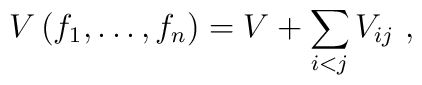
V\left( f_{1}, \dots, f_{n}\right) =V+\sum_{i<j}V_{ij}\ ,